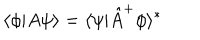
\langle \phi | A \psi \rangle = \langle \psi | \hat { A } ^ { + } \phi \rangle ^ { * }